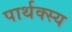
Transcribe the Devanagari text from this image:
पार्थक्स्य